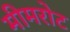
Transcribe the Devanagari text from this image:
मीमरोट